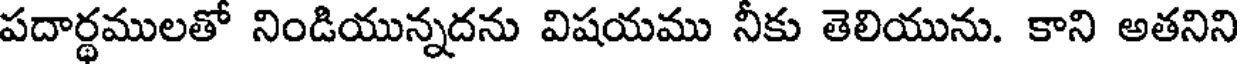
పదార్థములతో నిండియున్నదను విషయము నీకు తెలియును. కాని అతనిని